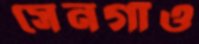
সেনগাঁও